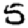
Digit: 5